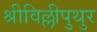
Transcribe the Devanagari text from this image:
श्रीविल्लीपुथुर